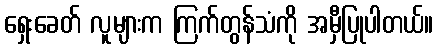
ရှေးခေတ် လူများက ကြက်တွန်သံကို အမှီပြုပါတယ်။